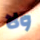
ولا